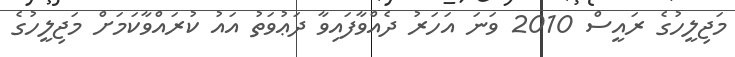
މަޖިލީހުގެ ރައީސް 2010 ވަނަ އަހަރު ދެއްވާފައިވާ ދަޢުވަތު އައު ކުރައްވާކަމަށް މަޖިލީހުގެ